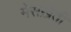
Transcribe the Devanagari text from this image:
मेसख़ेती